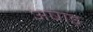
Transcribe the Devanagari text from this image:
अषाड़